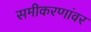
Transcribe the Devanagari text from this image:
समीकरणांवर